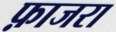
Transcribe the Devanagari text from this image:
फ़ाजरा